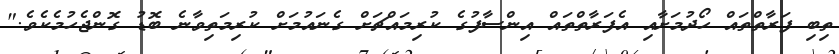
ތިބި ފަރާތްތައް ހޯދުމަށާއި އެފަރާތްތައް އިންސާފުގެ ކުރިމައްޗަށް ގެނައުމަށް ކުރިމަތިވާނެ ބޮޑު ގޮންޖެހުމެކެވެ."